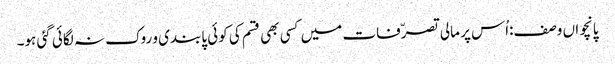
پانچواں وصف:اُس پر مالی تصرّفات میں کسی بھی قسم کی کوئی پابندی و روک نہ لگائی گئی ہو۔